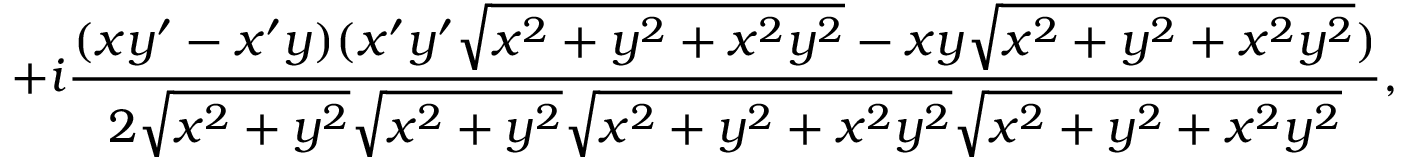
+ i { \frac { ( x y ^ { \prime } - x ^ { \prime } y ) ( x ^ { \prime } y ^ { \prime } { \sqrt { x ^ { 2 } + y ^ { 2 } + x ^ { 2 } y ^ { 2 } } } - x y { \sqrt { x ^ { 2 } + y ^ { 2 } + x ^ { 2 } y ^ { 2 } } } ) } { 2 { \sqrt { x ^ { 2 } + y ^ { 2 } } } { \sqrt { x ^ { 2 } + y ^ { 2 } } } { \sqrt { x ^ { 2 } + y ^ { 2 } + x ^ { 2 } y ^ { 2 } } } { \sqrt { x ^ { 2 } + y ^ { 2 } + x ^ { 2 } y ^ { 2 } } } } } ,